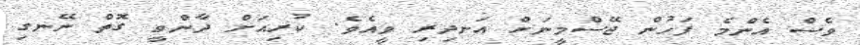
ވެސް އެންމެ ފަހުން ޖޭސްމީނަށް އަނދިރި ވީއެވެ. ކުރިއަށް ދާންވީ ގޮތް ނޭނގި